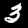
Digit: 3